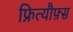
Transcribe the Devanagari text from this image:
फ्रित्यौफ़्स